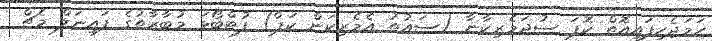
ހަމަޖެހިފައިއޮތް ކޮޕަ ސުދަމެރިކާނާ (ސައުތު އެމެރިކަން ކަޕް) ފުޓްބޯޅަ މުބާރާތުގެ ފައިނަލް މެޗް